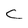
Character: C